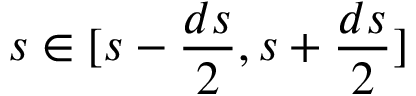
s \in [ s - \frac { d s } { 2 } , s + \frac { d s } { 2 } ]